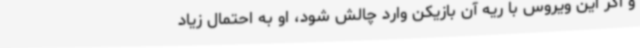
و اگر این ویروس با ریه آن بازیکن وارد چالش شود، او به احتمال زیاد